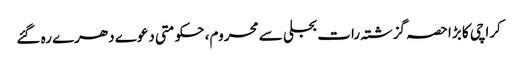
کراچی کا بڑا حصہ گزشتہ رات بجلی سے محروم، حکومتی دعوے دھرے رہ گئے